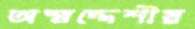
অস্মদ্দেশীয়